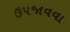
ઉપજાવવા